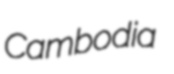
Cambodia